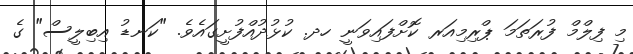
މި ފިލްމް ފުރަތަމަ ޕްރިމިއަރ ކޮށްފައިވަނީ ހދ. ކުޅުދުއްފުށީގައެވެ. "ކަނޑު އިބިލީސް" ގެ